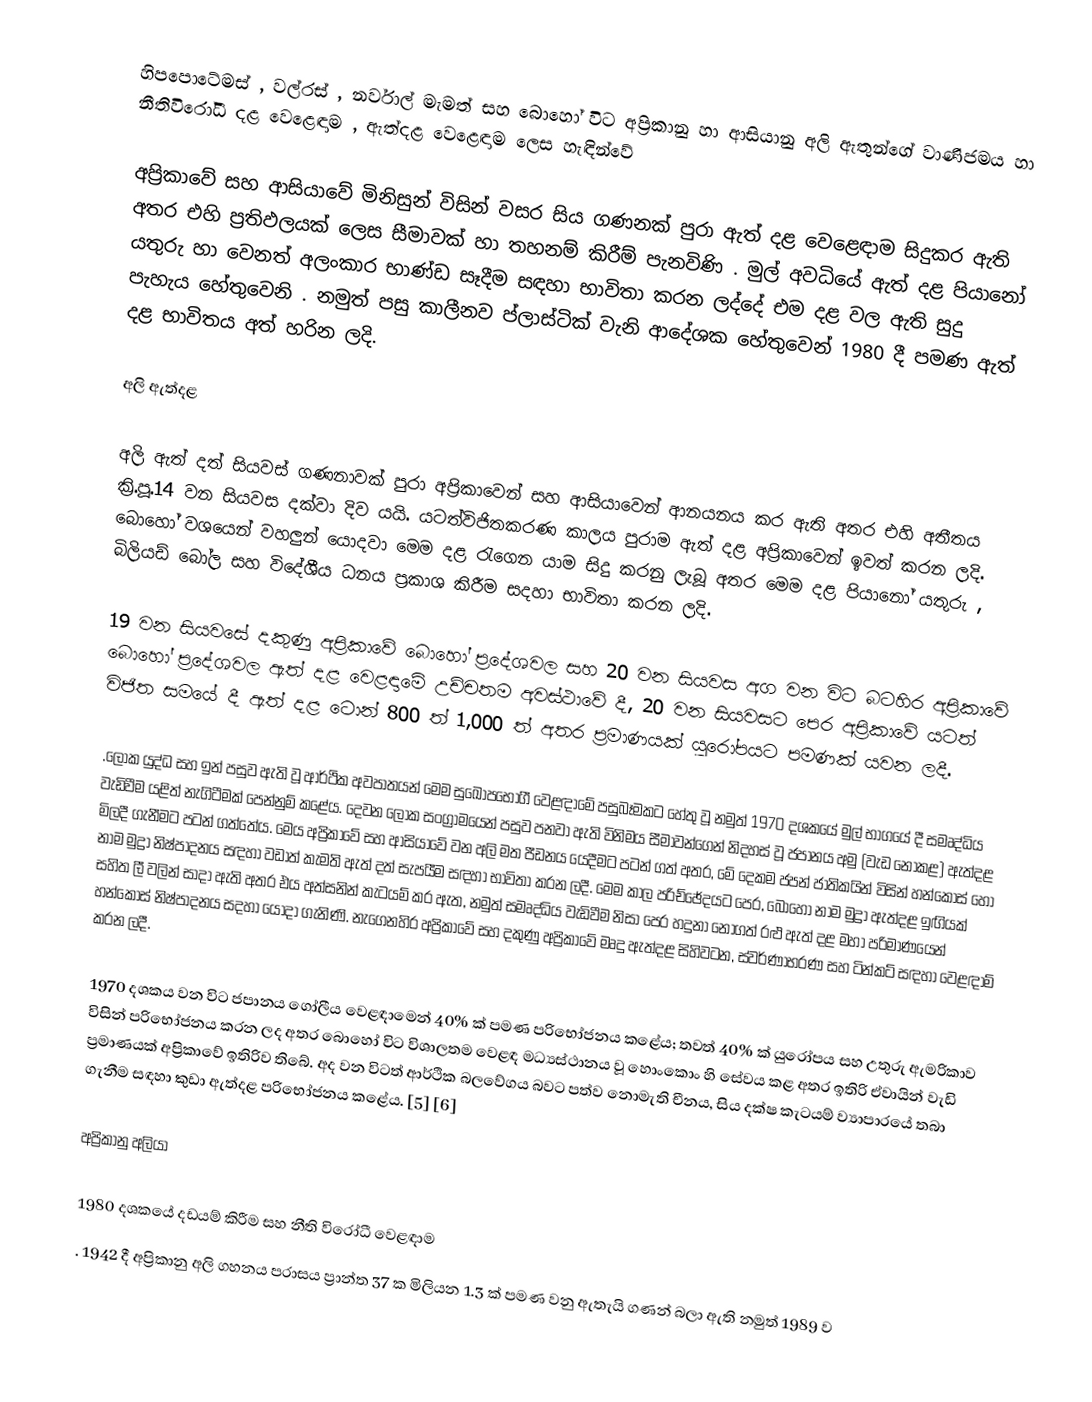
හිපපොටේමස් , වල්රස් , නර්වාල් මැමත් සහ බොහෝ විට අප්‍රිකානු හා ආසියානු අලි ඇතුන්ගේ වාණිජමය හා නීතිවිරෝධී දළ වෙළෙඳාම , ඇත්දළ වෙළෙඳාම ලෙස හැඳින්වේ

අප්‍රිකාවේ සහ ආසියාවේ මිනිසුන් විසින් වසර සිය ගණනක් පුරා ඇත් දළ වෙළෙඳාම සිදුකර ඇති අතර එහි ප්‍රතිඵලයක් ලෙස සීමාවක් හා තහනම් කිරීම් පැනවිණි . මුල් අවධියේ ඇත් දළ පියානෝ යතුරු හා වෙනත් අලංකාර භාණ්ඩ සෑදීම සඳහා භාවිතා කරන ලද්දේ එම දළ වල ඇති සුදු පැහැය හේතුවෙනි . නමුත් පසු කාලීනව ප්ලාස්ටික් වැනි ආදේශක හේතුවෙන් 1980 දී පමණ ඇත් දළ භාවිතය අත් හරින ලදි.

අලි ඇත්දළ

අලි ඇත් දත් සියවස් ගණනාවක් පුරා අප්‍රිකාවෙන් සහ ආසියාවෙන් ආනයනය කර ඇති අතර එහි අතීතය ක්‍රි.පූ.14 වන සියවස දක්වා දිව යයි. යටත්විජිතකරණ කාලය පුරාම ඇත් දළ අප්‍රිකාවෙන් ඉවත් කරන ලදි. බොහෝ වශයෙන් වහලුන් යොදවා මෙම දළ රැගෙන යාම සිදු කරනු ලැබූ අතර මෙම දළ පියානෝ යතුරු , බිලියඩ් බෝල සහ විදේශීය ධනය ප්‍රකාශ කිරීම සදහා භාවිතා කරන ලදි.

19 වන සියවසේ දකුණු අප්‍රිකාවේ බොහෝ ප්‍රදේශවල සහ 20 වන සියවස අග වන විට බටහිර අප්‍රිකාවේ බොහෝ ප්‍රදේශවල ඇත් දළ වෙළඳාමේ උච්චතම අවස්ථාවේ දී, 20 වන සියවසට පෙර අප්‍රිකාවේ යටත් විජිත සමයේ දී ඇත් දළ ටොන් 800 ත් 1,000 ත් අතර ප්‍රමාණයක් යුරෝපයට පමණක් යවන ලදී.

.ලෝක යුද්ධ සහ ඉන් පසුව ඇති වූ ආර්ථික අවපාතයන් මෙම සුඛෝපභෝගී වෙළඳාමේ පසුබෑමකට හේතු වූ නමුත් 1970 දශකයේ මුල් භාගයේ දී සමෘද්ධිය වැඩිවීම යළිත් නැගිටීමක් පෙන්නුම් කළේය.  දෙවන ලෝක සංග්‍රාමයෙන් පසුව පනවා ඇති විනිමය සීමාවන්ගෙන් නිදහස් වූ ජපානය අමු (වැඩ නොකළ) ඇත්දළ මිලදී ගැනීමට පටන් ගත්තේය.  මෙය අප්‍රිකාවේ සහ ආසියාවේ වන අලි මත පීඩනය යෙදීමට පටන් ගත් අතර, මේ දෙකම ජපන් ජාතිකයින් විසින් හන්කෝස් හෝ නාම මුද්‍රා නිෂ්පාදනය සඳහා වඩාත් කැමති ඇත් දත් සැපයීම සඳහා භාවිතා කරන ලදී.  මෙම කාල පරිච්ඡේදයට පෙර, බොහෝ නාම මුද්‍රා ඇත්දළ ඉඟියක් සහිත ලී වලින් සාදා ඇති අතර එය අත්සනින් කැටයම් කර ඇත, නමුත් සමෘද්ධිය වැඩිවීම නිසා පෙර හදුනා නොගත් රළු ඇත් දළ මහා පරිමාණයෙන් හන්කෝස් නිෂ්පාදනය සදහා යොදා ගැනිණි. නැගෙනහිර අප්‍රිකාවේ සහ දකුණු අප්‍රිකාවේ මෘදු ඇත්දළ සිහිවටන, ස්වර්ණාභරණ සහ ටින්කට් සඳහා වෙළඳාම් කරන ලදී.

1970 දශකය වන විට ජපානය ගෝලීය වෙළඳාමෙන් 40% ක් පමණ පරිභෝජනය කළේය;  තවත් 40% ක් යුරෝපය සහ උතුරු ඇමරිකාව විසින් පරිභෝජනය කරන ලද අතර බොහෝ විට විශාලතම වෙළඳ මධ්‍යස්ථානය වූ හොංකොං හි සේවය කළ අතර ඉතිරි ඒවායින් වැඩි ප්‍රමාණයක් අප්‍රිකාවේ ඉතිරිව තිබේ.  අද වන විටත් ආර්ථික බලවේගය බවට පත්ව නොමැති චීනය, සිය දක්ෂ කැටයම් ව්‍යාපාරයේ තබා ගැනීම සඳහා කුඩා ඇත්දළ පරිභෝජනය කළේය. [5] [6]

අප්‍රිකානු අලියා

1980 දශකයේ දඩයම් කිරීම සහ නීති විරෝධී වෙළඳාම
. 1942 දී අප්‍රිකානු අලි ගහනය පරාසය ප්‍රාන්ත 37 ක මිලියන 1.3 ක් පමණ වනු ඇතැයි ගණන් බලා ඇති නමුත් 1989 ව